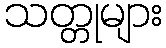
သတ္တုများ